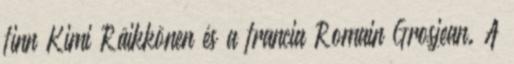
finn Kimi Räikkönen és a francia Romain Grosjean. A